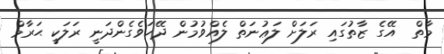
މާތް  އޭގެ ޒާތުގައި ރަލަށް ލަޢުނަތް ލެއްވުމުން ދޭހަވެގެންދަނީ ރަލަކީ ޙަރާމް